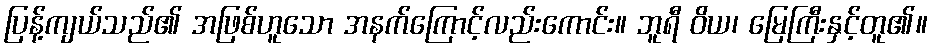
ပြန့်ကျယ်သည်၏ အဖြစ်ဟူသော အနက်ကြောင့်လည်းကောင်း။ ဘူရီ ဝိယ၊ မြေကြီးနှင့်တူ၏။